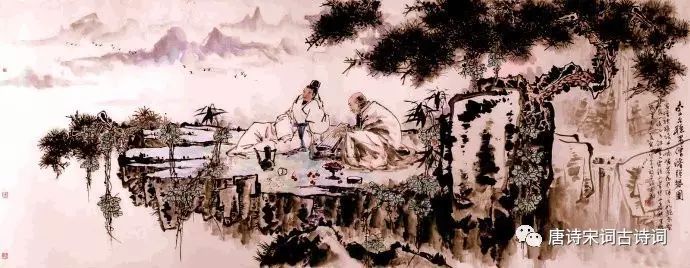
不觉碧山暮，秋云暗几重。